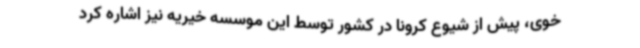
خوی، پیش از شیوع کرونا در کشور توسط این موسسه خیریه نیز اشاره کرد